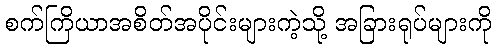
စက်ကြိယာအစိတ်အပိုင်းများကဲ့သို့ အခြားရုပ်များကို